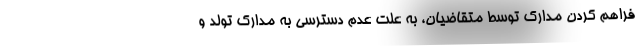
فراهم کردن مدارک توسط متقاضیان، به علت عدم دسترسی به مدارک تولد و